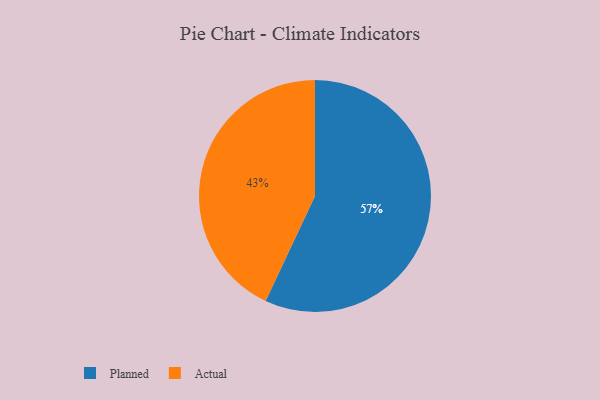
{"axis": {"x": "Category", "y": "Percentage"}, "legend": ["Actual", "Planned"], "data": [{"x": "Planned", "y": 57, "type": "Planned"}, {"x": "Actual", "y": 43, "type": "Actual"}]}